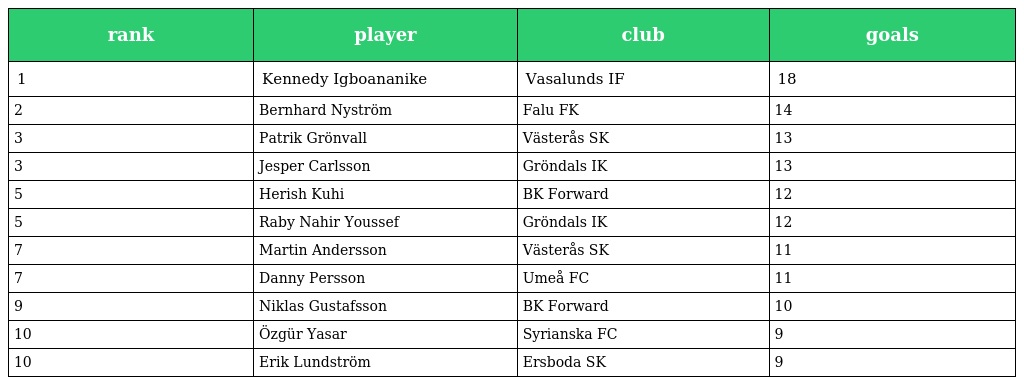
| rank | player | club | goals |
 | --- | --- | --- | --- |
 | 1 | Kennedy Igboananike | Vasalunds IF | 18 |
 | 2 | Bernhard Nyström | Falu FK | 14 |
 | 3 | Patrik Grönvall | Västerås SK | 13 |
 | 3 | Jesper Carlsson | Gröndals IK | 13 |
 | 5 | Herish Kuhi | BK Forward | 12 |
 | 5 | Raby Nahir Youssef | Gröndals IK | 12 |
 | 7 | Martin Andersson | Västerås SK | 11 |
 | 7 | Danny Persson | Umeå FC | 11 |
 | 9 | Niklas Gustafsson | BK Forward | 10 |
 | 10 | Özgür Yasar | Syrianska FC | 9 |
 | 10 | Erik Lundström | Ersboda SK | 9 |